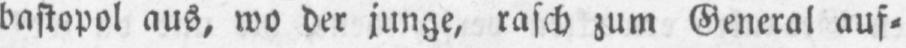
bastopol aus, wo der junge, rasch zum General auf⸗